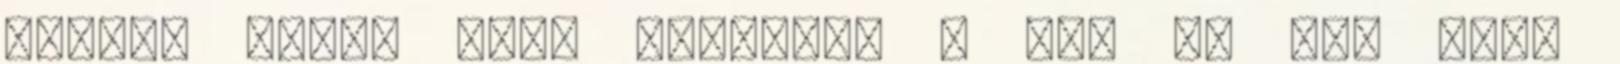
hármas halál döb- benetét. A két és fél órás